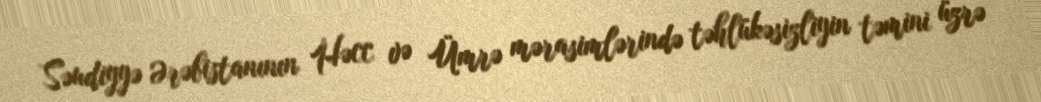
Səudiyyə Ərəbistanının Həcc və Ümrə mərasimlərində təhlükəsizliyin təmini üzrə